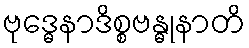
ဗုဒ္ဓေနာဒိစ္စဗန္ဓုနာတိ